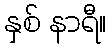
နှစ် နာရီ။